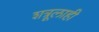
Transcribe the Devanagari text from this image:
शत्रूलाही